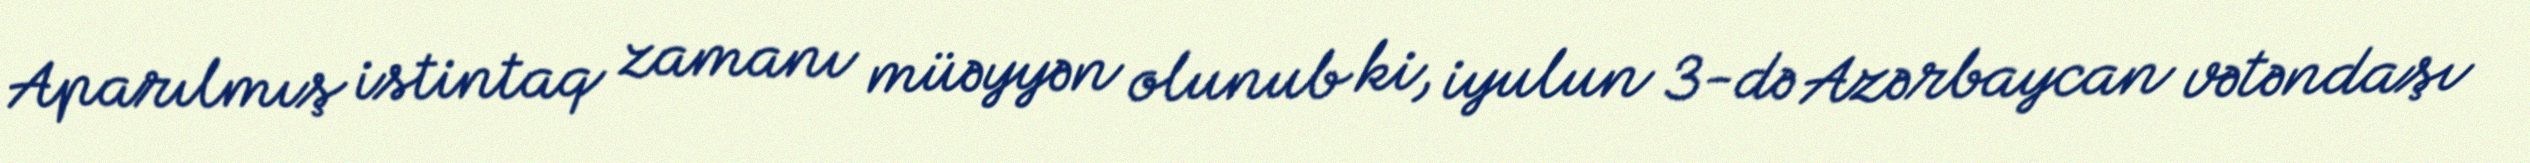
Aparılmış istintaq zamanı müəyyən olunub ki, iyulun 3-də Azərbaycan vətəndaşı